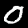
Digit: 0